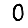
Digit: 0